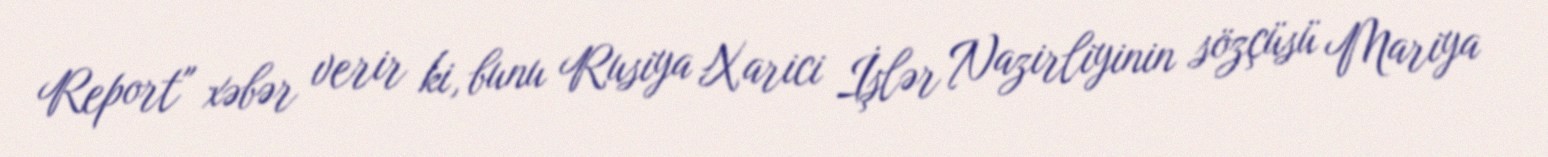
Report" xəbər verir ki, bunu Rusiya Xarici İşlər Nazirliyinin sözçüsü Mariya